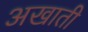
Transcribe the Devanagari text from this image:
अखाती